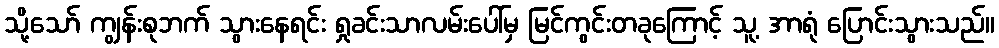
သို့သော် ကျွန်းစုဘက် သွားနေရင်း ရှုခင်းသာလမ်းပေါ်မှ မြင်ကွင်းတခုကြောင့် သူ့ အာရုံ ပြောင်းသွားသည်။